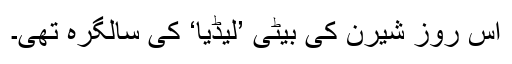
اس روز شیرن کی بیٹی ’لیڈیا‘ کی سالگرہ تھی۔